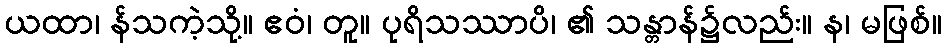
ယထာ၊ န်သကဲ့သို့။ ဧဝံ၊ တူ။ ပုရိသဿာပိ၊ ၏ သန္တာန်၌လည်း။ န၊ မဖြစ်။